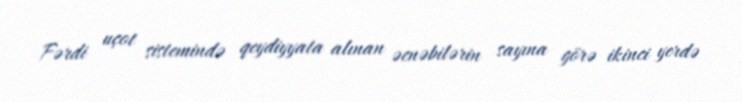
Fərdi uçot sistemində qeydiyyata alınan əcnəbilərin sayına görə ikinci yerdə